Vaccination in Bombay 1913-1923 - 1913-1923
Year: 1913
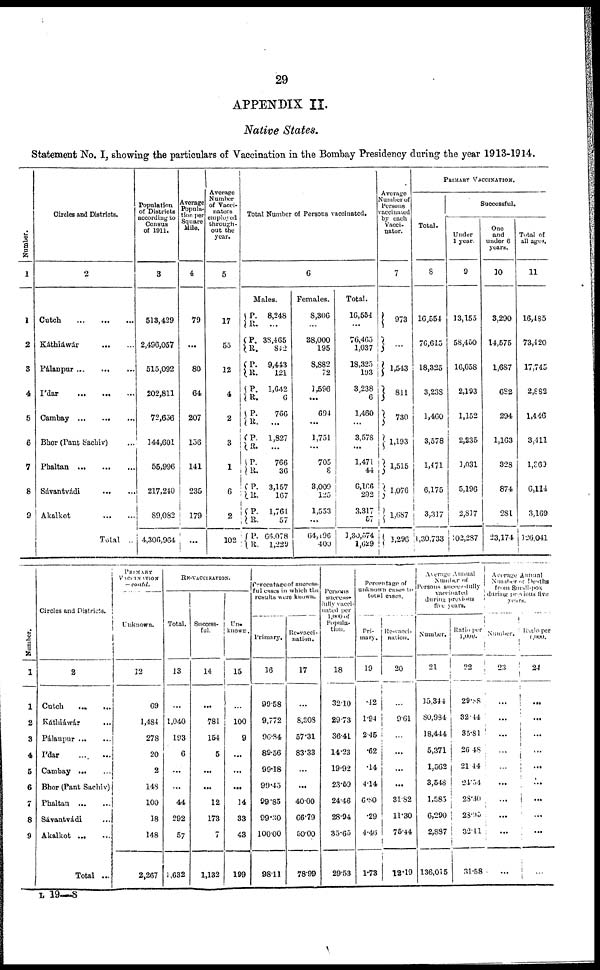
29
APPENDIX II.
Native States.
Statement No. I, showing the particulars of Vaccination in the Bombay Presidency during the year 1913-1914.
Number.
1
1
2
3
4
5
6
7
8
9
Circles and Districts.
2
Cutch
...
...
...
Káthiáwar
...
...
Pálanpur
...
...
...
Ídar
...
...
...
Cambay
...
...
...
Bhor (Pant Sachiv) ...
Phaltan
...
...
...
Sávantvádi
...
...
Akalkot
...
...
Total ..
Population
of Districts
according to
Census
of 1911.
3
513,429
2,496,057
515,092
202,811
72,656
144,601
55,996
217,240
89,082
4,306,964
Average
Popula-
tion per
Square
Mile.
4
79
...
80
64
207
156
141
235
179
...
Average
Number
of Vacci-
nators
employed
through-
out the
year.
5
17
55
12
4
2
3
1
6
2
102
Total Number of Persons vaccinated.
6
Males.
P.
R.
P.
R.
P.
R.
P.
R.
P.
R.
P.
R.
P.
R.
P.
R.
P.
R.
P.
R.
8,248
...
38,465
842
9,443
121
1,642
6
766
...
1,827
...
766
36
3,157
167
1,764
57
66,078
1,229
Females.
8,306
...
38,000
195
8,882
72
1,596
...
694
...
1,751
...
705
8
3,009
125
1,553
...
64,496
400
Total.
16,554
...
76,465
1,037
18,325
193
3,238
6
1,460
...
3,578
...
1,471
44
6,166
292
3,317
57
1,30,574
1,629
Average
Number of
Persons
vaccinated
by each
Vacci-
nator.
7
973
...
1,543
811
730
1,193
1,515
1,076
1,687
1,296
PRIMARY VACCINATION.
Total.
8
16,554
76,615
18,325
3,238
1,460
3,578
1,471
6,175
3,317
1,30,733
Successful.
Under
1 year.
9
13,155
58,450
16,058
2,193
1,152
2,235
1,031
5,196
2,817
102,287
One
and
under 6
years.
10
3,290
14,575
1,687
682
294
1,163
328
874
281
23,174
Total of
all ages.
11
16,485
73,420
17,745
2,882
1,446
3,411
1,369
6,114
3,169
126,041
Number.
1
1
2
3
4
5
6
7
8
9
Circles and Districts.
2
Cutch
...
...
Káthiáwár ...
Pálanpur ... ...
Ídar
...
...
Cambay
...
...
Bhor (Pant Sachiv)
Phaltan
...
...
Sávantvádi ...
Akalkot ... ...
Total ...
PRIMARY
VACCINATION
— contd.
Unknown.
12
69
1,484
278
20
2
148
100
18
148
2,267
RE-VACCINATION.
Total.
13
...
1,040
193
6
...
...
44
292
57
1,632
Success-
ful.
14
...
781
154
5
...
...
12
173
7
1,132
Un-
known.
15
...
100
9
...
...
...
14
33
43
199
Percentage of success-
ful cases in which the
results were known.
Primary.
16
99.58
9,772
96.84
89.56
99.18
99.45
99.85
99.30
100.00
98.11
Re-vacci-
nation.
17
...
8,308
57.31
83.33
...
...
40.00
66.79
50.00
78.99
Persons
success-
fully vacci-
nated per
1,000
of
Popula-
tion.
18
32.10
29.73
36.41
14.23
19.92
23.59
24.46
28.94
35.65
29.53
Percentage of
unknown cases to
total cases.
Pri-
mary.
19
.42
1.94
2.45
.62
.14
4.14
6.80
.29
4.46
1.73
Re-vacci-
nation.
20
...
9.61
...
...
...
...
31.82
11.30
75.44
12.19
Average Annual
Number of
Persons successfully
vaccinated
during previous
five years.
Number.
21
15,344
80,984
18,444
5,371
1,562
3,548
1,583
6,290
2,887
136,015
Ratio per
1,000.
22
29.88
32.44
35.81
26.48
21.44
24.54
28.30
28.95
32.41
31.58
Average Annual
Number
of Deaths
from Small-pox
during previous five
years.
Number.
23
...
...
...
...
...
...
...
...
...
...
Ratio per
1,000.
24
...
...
...
...
...
...
...
...
...
...
L 19—8